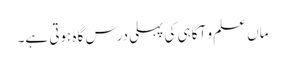
ماں علم و آگاہی کی پہلی درس گاہ ہوتی ہے۔